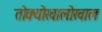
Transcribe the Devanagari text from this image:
तोक्योखालोखाल